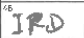
Transcription: IRD